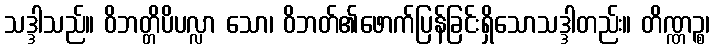
သဒ္ဒါသည်။ ဝိဘတ္တိပိပလ္လာ သော၊ ဝိဘတ်၏ဖောက်ပြန်ခြင်းရှိသောသဒ္ဒါတည်း။ တိဏ္ဏဉ္စ၊